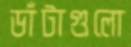
ডাঁটাগুলো